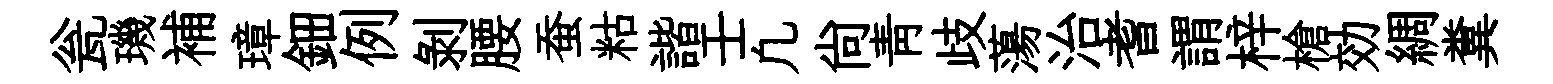
瓮璣補璋鈿例剝腰蚕䊀諧壬凢尙青歧蕩治耆謂梓槍効綢糞